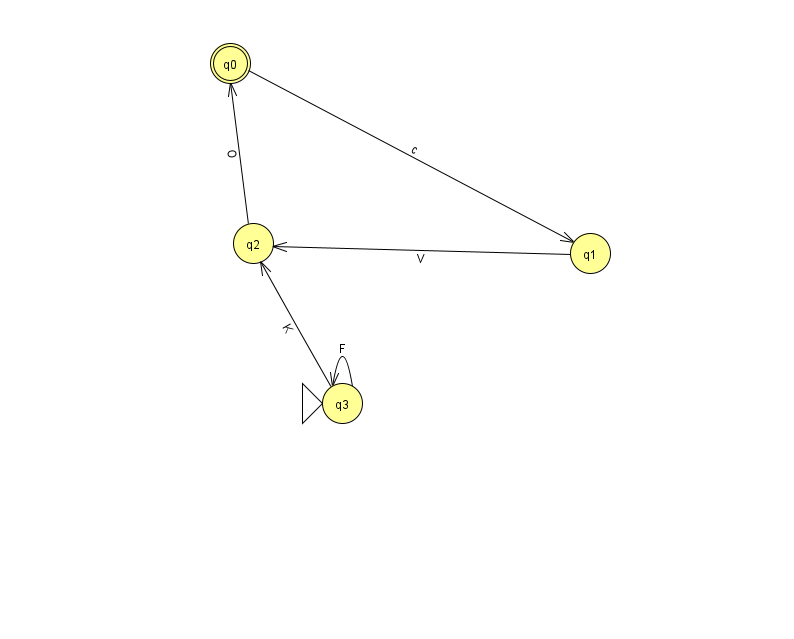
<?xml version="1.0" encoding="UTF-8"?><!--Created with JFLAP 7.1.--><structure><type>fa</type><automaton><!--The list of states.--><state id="0" name="q0"><x>230.0</x><y>50.0</y><final/></state><state id="1" name="q1"><x>590.0</x><y>240.0</y></state><state id="2" name="q2"><x>253.0</x><y>230.0</y></state><state id="3" name="q3"><x>342.0</x><y>390.0</y><initial/></state><!--The list of transitions.--><transition><from>3</from><to>2</to><read>K</read></transition><transition><from>3</from><to>3</to><read>F</read></transition><transition><from>2</from><to>0</to><read>O</read></transition><transition><from>0</from><to>1</to><read>c</read></transition><transition><from>1</from><to>2</to><read>V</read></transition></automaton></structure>